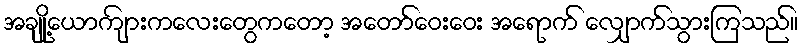
အချို့ယောကျ်ားကလေးတွေကတော့ အတော်ဝေးဝေး အရောက် လျှောက်သွားကြသည်။